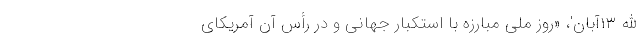
الله ۱۳آبان'، «روز ملی مبارزه با استکبار جهانی و در رأس آن آمریکای